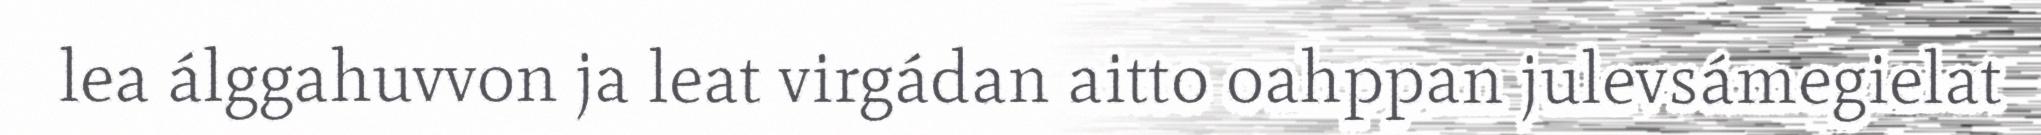
lea álggahuvvon ja leat virgádan aitto oahppan julevsámegielat